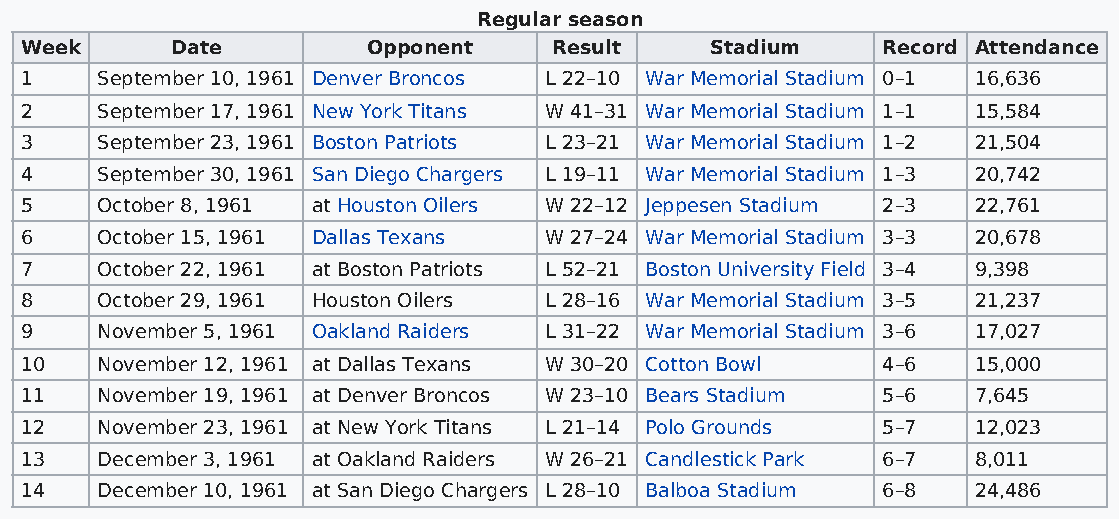
Regular season
 Week      Date         Opponent     Result    Stadium    Record Attendance
 1    September 10, 1961 Denver Broncos L 22–10 War Memorial Stadium 0–1 16,636
 2    September 17, 1961 New York Titans W 41–31 War Memorial Stadium 1–1 15,584
 3    September 23, 1961 Boston Patriots L 23–21 War Memorial Stadium 1–2 21,504
 4    September 30, 1961 San Diego Chargers L 19–11 War Memorial Stadium 1–3 20,742
 5    October 8, 1961 at Houston Oilers W 22–12 Jeppesen Stadium 2–3 22,761
 6    October 15, 1961 Dallas Texans W 27–24 War Memorial Stadium 3–3 20,678
 7    October 22, 1961 at Boston Patriots L 52–21 Boston University Field 3–4 9,398
 8    October 29, 1961 Houston Oilers L 28–16 War Memorial Stadium 3–5 21,237
 9    November 5, 1961 Oakland Raiders L 31–22 War Memorial Stadium 3–6 17,027
 10   November 12, 1961 at Dallas Texans W 30–20 Cotton Bowl 4–6 15,000
 11   November 19, 1961 at Denver Broncos W 23–10 Bears Stadium 5–6 7,645
 12   November 23, 1961 at New York Titans L 21–14 Polo Grounds 5–7 12,023
 13   December 3, 1961 at Oakland Raiders W 26–21 Candlestick Park 6–7 8,011
 14   December 10, 1961 at San Diego Chargers L 28–10 Balboa Stadium 6–8 24,486